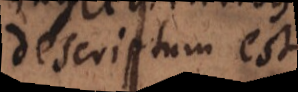
descriptum est